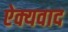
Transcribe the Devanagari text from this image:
ऐक्यवाद